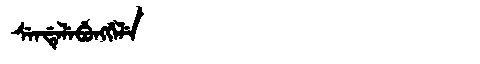
Manchu: ᠰᡝᠨᡩᡝᠯᡝᠪᡠᠩᡤᡝᠯᡝ
Romanization: SENDELEBUNGGELE